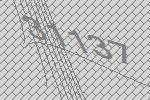
31137